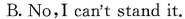
B.No,I can't stand it.